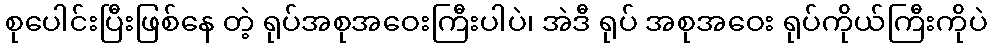
စုပေါင်းပြီးဖြစ်နေ တဲ့ ရုပ်အစုအဝေးကြီးပါပဲ၊ အဲဒီ ရုပ် အစုအဝေး ရုပ်ကိုယ်ကြီးကိုပဲ